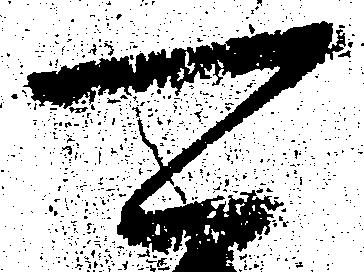
可